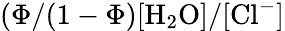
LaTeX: (\Phi/(1-\Phi)[\mathrm{H}_{2}\mathrm{O}]/[\mathrm{Cl}^{-}]